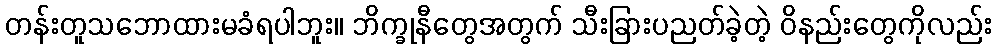
တန်းတူသဘောထားမခံရပါဘူး။ ဘိက္ခုနီတွေအတွက် သီးခြားပညတ်ခဲ့တဲ့ ဝိနည်းတွေကိုလည်း